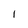
Character: l